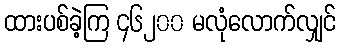
ထားပစ်ခဲ့ကြ ၄၆၂၀၀ မလုံလောက်လျှင်